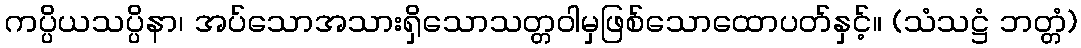
ကပ္ပိယသပ္ပိနာ၊ အပ်သောအသားရှိသောသတ္တဝါမှဖြစ်သောထောပတ်နှင့်။ (သံသဋ္ဌံ ဘတ္တံ)